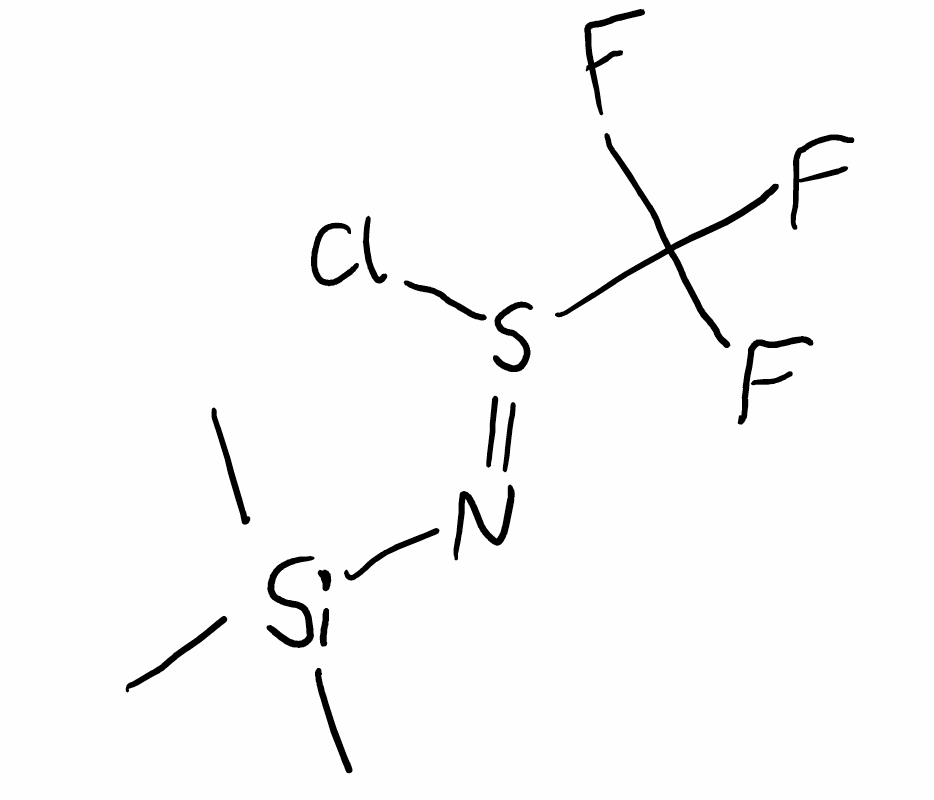
Simplified molecular-input line-entry system (SMILES) notation of the given molecule:
C[Si](C)(C)/N=S(/C(F)(F)F)\Cl